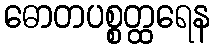
ဓောတပစ္စတ္ထရေန